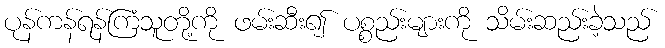
ပုန်ကန်ရန်ကြံသူတို့ကို ဖမ်းဆီး၍ ပစ္စည်းများကို သိမ်းဆည်းခဲ့သည်